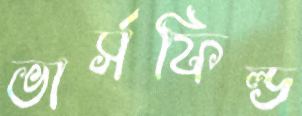
ভার্সফিল্ড